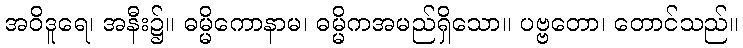
အဝိဒူရေ၊ အနီး၌။ ဓမ္မိကောနာမ၊ ဓမ္မိကအမည်ရှိသော။ ပဗ္ဗတော၊ တောင်သည်။